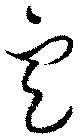
定